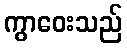
ကွာဝေးသည်